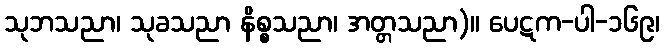
သုဘသညာ၊ သုခသညာ နိစ္စသညာ၊ အတ္တသညာ)။ ပေဋက-ပါ-၁၆၉၊